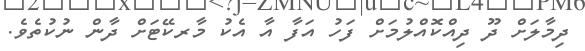
ދިމާލަށް ދޫ ދިއްކޮއްލުމަށް ފަހު އަފާ އާ އެކު މާރކޭޓަށް ދާން ނުކުތެވެ.